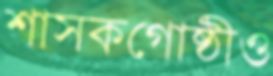
শাসকগোষ্ঠীও